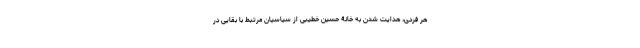
هر فردی، هدایت شدن به خانۀ حسین خطیبی از سیاسیانِ مرتبط با بقایی در